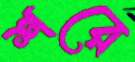
শরে